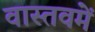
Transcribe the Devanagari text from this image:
वास्तवमें